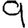
Digit: 9